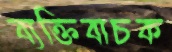
ব্যক্তিবাচক